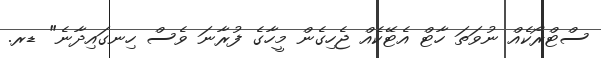
ސްޓްރޯކެއް ނުވަތަ ހާޓް އެޓޭކެއް ޖެހިގެން މީހާގެ ފުރާނަ ވެސް ހިނގައިދާނެ" ޑރ.